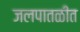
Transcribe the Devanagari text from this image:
जलपातळीत